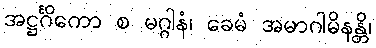
အဋ္ဌင်္ဂိကော စ မဂ္ဂါနံ၊ ခေမံ အမာဂါမိနန္တိ၊